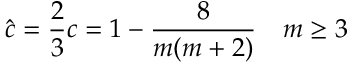
{ \hat { c } } = { \frac { 2 } { 3 } } c = 1 - { \frac { 8 } { m ( m + 2 ) } } \quad m \geq 3